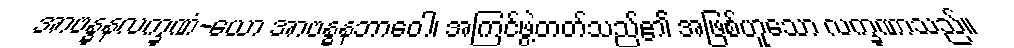
အာဗန္ဓနလက္ခဏံ-ယော အာဗန္ဓနဘာဝေါ၊ အကြင်ဖွဲ့တတ်သည်၏ အဖြစ်ဟူသော လက္ခဏာသည်။